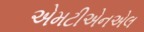
એમટીએનએલ